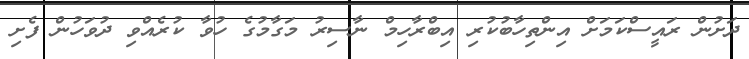
ދަށުން ރައީސްކަމަށް އިންތިހާބުކުރި އިބްރާހިމް ނާސިރު މަގާމުގެ ހުވާ ކުރެއްވި ދުވަހުން ފެށި